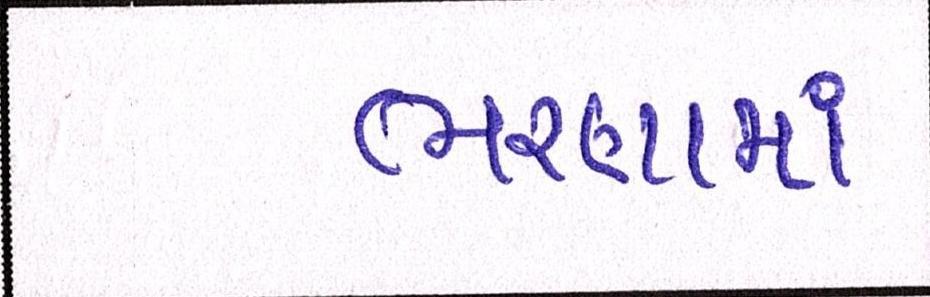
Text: ભરણામાં